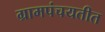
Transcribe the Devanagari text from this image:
ग्रामपंचयतीत